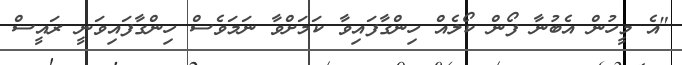
"އެ މީހުން އެބުނާ ފޯން ކޯލެއް ހިންގާފައިވާ ކަމަށްވާ ނަމަވެސް ހިންގާފައިވަނީ ރައީސް